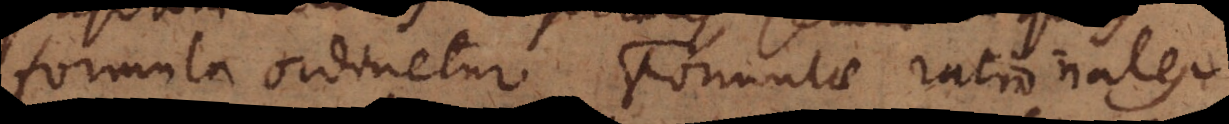
formula ordinetur Formulae rationales